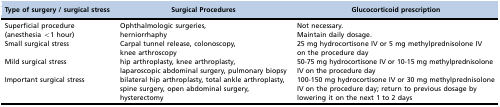
| Type of surgery / surgical stress | Surgical Procedures | Glucocorticoid prescription |
 | --- | --- | --- |
 | Superficial procedure (anesthesia <1 hour) | Ophthalmologic surgeries, herniorrhaphy | Not necessary.Maintain daily dosage. |
 | Small surgical stress | Carpal tunnel release, colonoscopy, knee arthroscopy | 25 mg hydrocortisone IV or 5 mg methylprednisolone IV on the procedure day |
 | Mild surgical stress | hip arthroplasty, knee arthroplasty, laparoscopic abdominal surgery, pulmonary biopsy | 50-75 mg hydrocortisone IV or 10-15 mg methylprednisolone IV on the procedure day |
 | Important surgical stress | bilateral hip arthroplasty, total ankle arthroplasty, spine surgery, open abdominal surgery, hysterectomy | 100-150 mg hydrocortisone IV or 30 mg methylprednisolone IV on the procedure day; return to previous dosage by lowering it on the next 1 to 2 days |